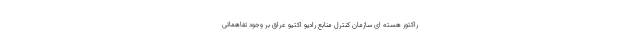
راکتور هسته‌ ای سازمان کنترل منابع رادیو اکتیو عراق بر وجود تفاهماتی